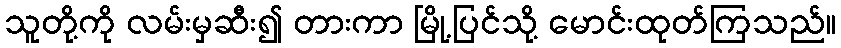
သူတို့ကို လမ်းမှဆီး၍ တားကာ မြို့ပြင်သို့ မောင်းထုတ်ကြသည်။